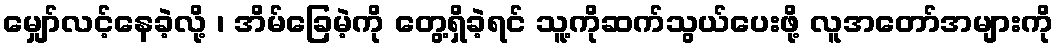
မျှော်လင့်နေခဲ့လို့ ၊ အိမ်ခြေမဲ့ကို တွေ့ရှိခဲ့ရင် သူ့ကိုဆက်သွယ်ပေးဖို့ လူအတော်အများကို